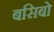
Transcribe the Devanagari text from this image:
बसिबो